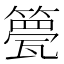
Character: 䉚